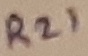
Text: R21